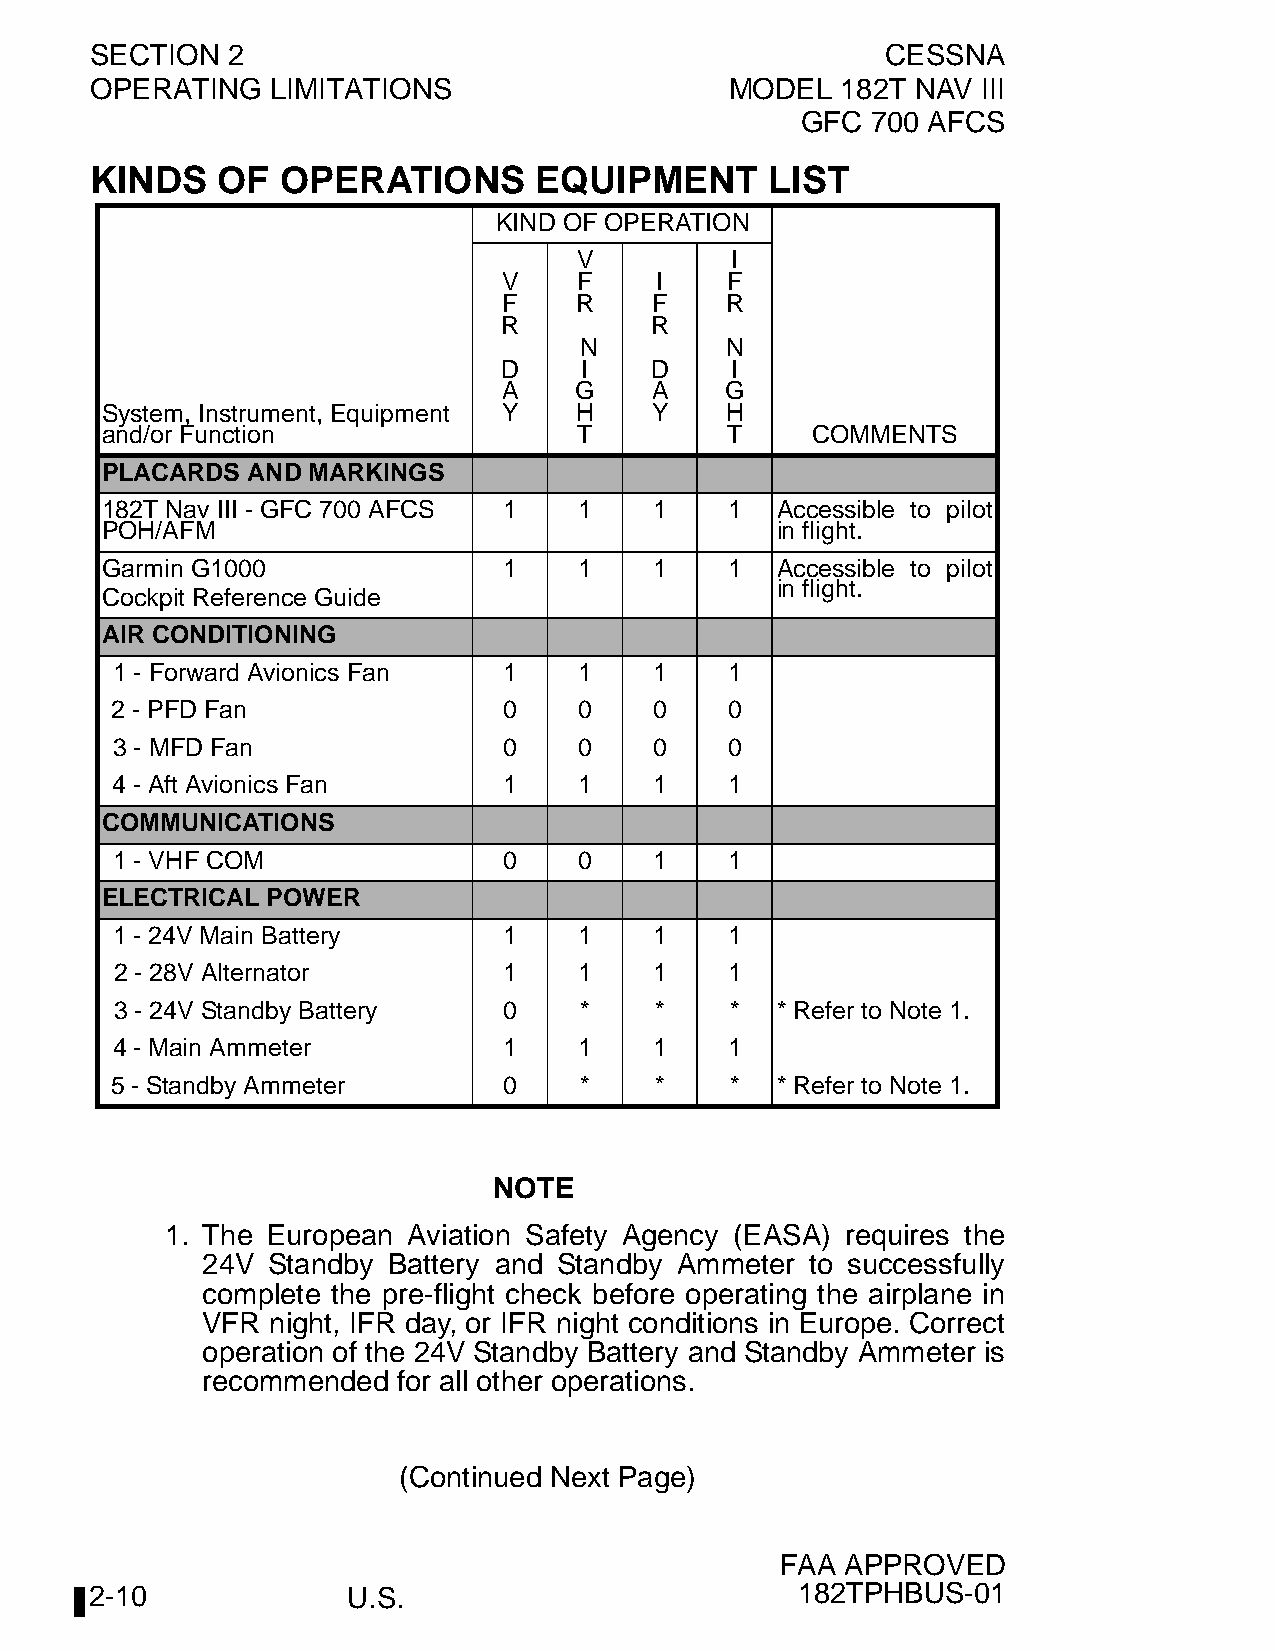
SECTION  2                                           CESSNA
 OPERATING   LIMITATIONS                   MODEL   182T NAV III
 GFC  700 AFCS
 KINDS   OF   OPERATIONS      EQUIPMENT       LIST
 KIND OF OPERATION
 V         I
 V    F    I    F
 F    R    F    R
 R         R
 N         N
 D    I    D    I
 A    G    A    G
 System, Instrument, Equipment Y H   Y    H
 and/or Function                T         T     COMMENTS
 PLACARDS AND MARKINGS
 182T Nav III - GFC 700 AFCS 1  1    1    1  Accessible to pilot
 POH/AFM                                     in flight.
 Garmin G1000              1    1    1    1  Accessible to pilot
 in flight.
 Cockpit Reference Guide
 AIR CONDITIONING
 1 - Forward Avionics Fan  1    1    1    1
 2 - PFD Fan               0    0    0    0
 3 - MFD Fan               0    0    0    0
 4 - Aft Avionics Fan      1    1    1    1
 COMMUNICATIONS
 1 - VHF COM               0    0    1    1
 ELECTRICAL POWER
 1 - 24V Main Battery      1    1    1    1
 2 - 28V Alternator       1    1    1    1
 3 - 24V Standby Battery  0    *    *    *  * Refer to Note 1.
 4 - Main Ammeter          1    1    1    1
 5 - Standby Ammeter       0    *    *    *  * Refer to Note 1.
 NOTE
 1. The European Aviation Safety Agency (EASA) requires the
 24V  Standby Battery and Standby Ammeter to successfully
 complete the pre-flight check before operating the airplane in
 VFR  night, IFR day, or IFR night conditions in Europe. Correct
 operation of the 24V Standby Battery and Standby Ammeter is
 recommended  for all other operations.
 (Continued Next Page)
 FAA APPROVED
 2-10             U.S.                          182TPHBUS-01